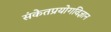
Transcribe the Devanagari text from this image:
संकेतप्रयोगविज्ञान